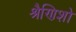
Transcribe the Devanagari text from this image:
श्रैणिशो